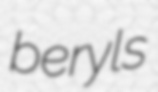
beryls